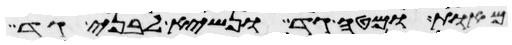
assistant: מאות ומטה גד ונשיא לבני גד